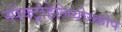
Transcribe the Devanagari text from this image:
स्पेक्ट्रोहेलियोस्कोप